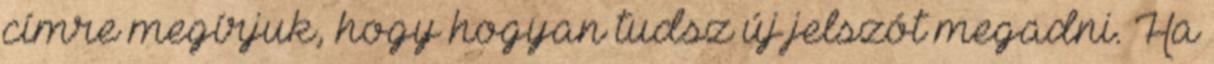
címre megírjuk, hogy hogyan tudsz új jelszót megadni. Ha